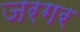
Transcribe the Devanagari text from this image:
जरगर